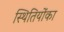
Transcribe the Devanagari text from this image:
स्थितियोंका